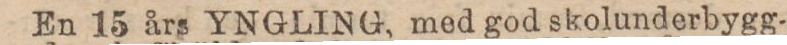
En 15 års YNGLING, med god skolunderbygg-